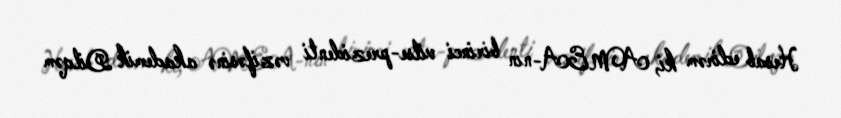
Hesab edirəm ki, AMEA-nın birinci vitse-prezidenti vəzifəsinə akademik Dilqəm